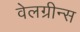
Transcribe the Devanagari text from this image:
वेलग्रीन्स